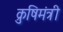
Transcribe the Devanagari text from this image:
क्रुषिमंत्री